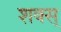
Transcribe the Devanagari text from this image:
शक्स्